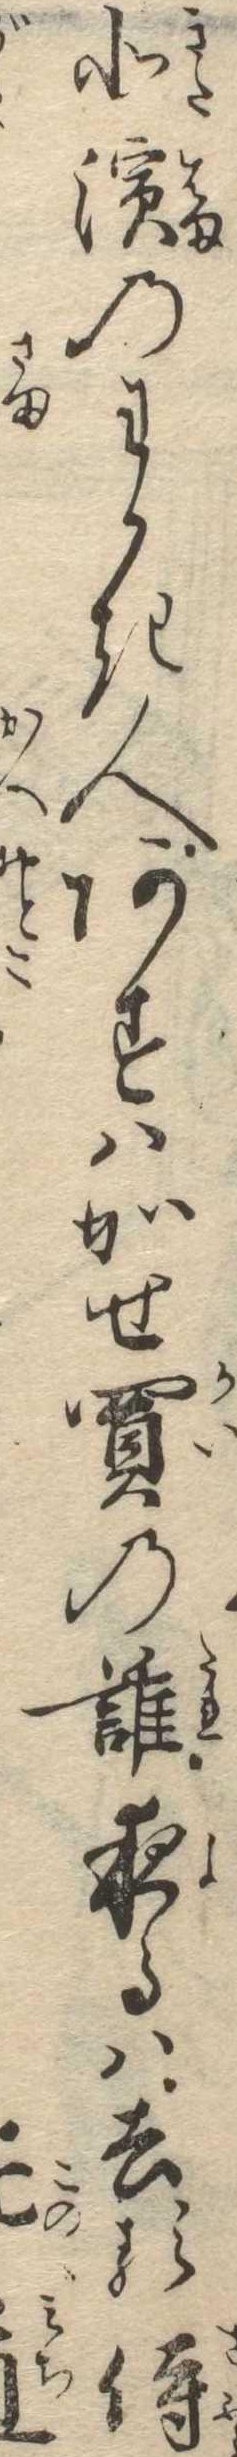
北浜のわかき人あすはかせ買の誰夜るは去る侍